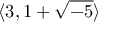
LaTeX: \langle 3 , 1 + { \sqrt { - 5 } } \rangle